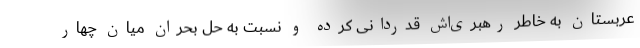
عربستان به خاطر رهبری‌اش قدردانی کرده و نسبت به حل بحران میان چهار